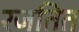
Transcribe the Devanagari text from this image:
रजतित